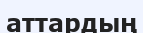
аттардың